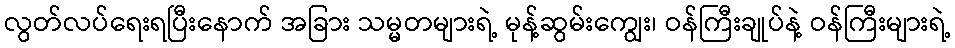
လွတ်လပ်ရေးရပြီးနောက် အခြား သမ္မတများရဲ့ မုန့်ဆွမ်းကျွေး၊ ဝန်ကြီးချုပ်နဲ့ ဝန်ကြီးများရဲ့